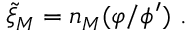
{ \widetilde \xi } _ { M } = n _ { M } ( \varphi / \phi ^ { \prime } ) ~ .